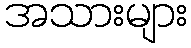
အသားများ